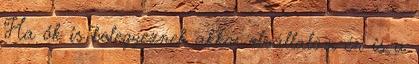
Ha ők is belegyeznek akkor elvállalom én is a